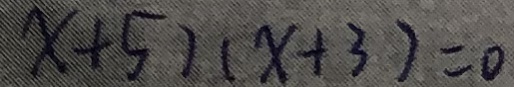
x + 5 ) ( x + 3 ) = 0